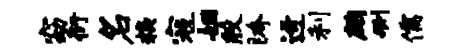
窈衍名糗寇姻殷胯迓利鹧删儒